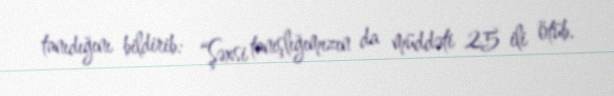
tanıdığını bildirib: “Şəxsi tanışlığımızın da müddəti 25 ili ötüb.